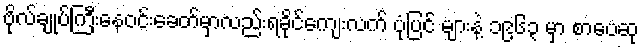
ဗိုလ်ချုပ်ကြီးနေဝင်းခေတ်မှာလည်းရခိုင်ကျေးလက် ပုံပြင် များနဲ့ ၁၉၆၃ မှာ စာပေဆု